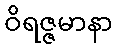
ဝိရဇ္ဇမာနာ